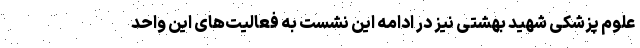
علوم پزشکی شهید بهشتی نیز در ادامه این نشست به فعالیت‌های این واحد